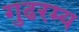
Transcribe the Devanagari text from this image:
गुढरम्य